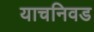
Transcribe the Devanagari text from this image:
याचनिवड